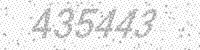
Solution: 435443